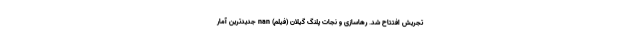
تجریش افتتاح شد. رهاسازی و نجات پلنگ گیلان (فیلم) nan جدیدترین آمار